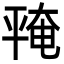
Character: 𪪅